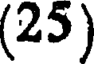
(25)